Calcutta medical institutions reports 1871-78
Year: 1871
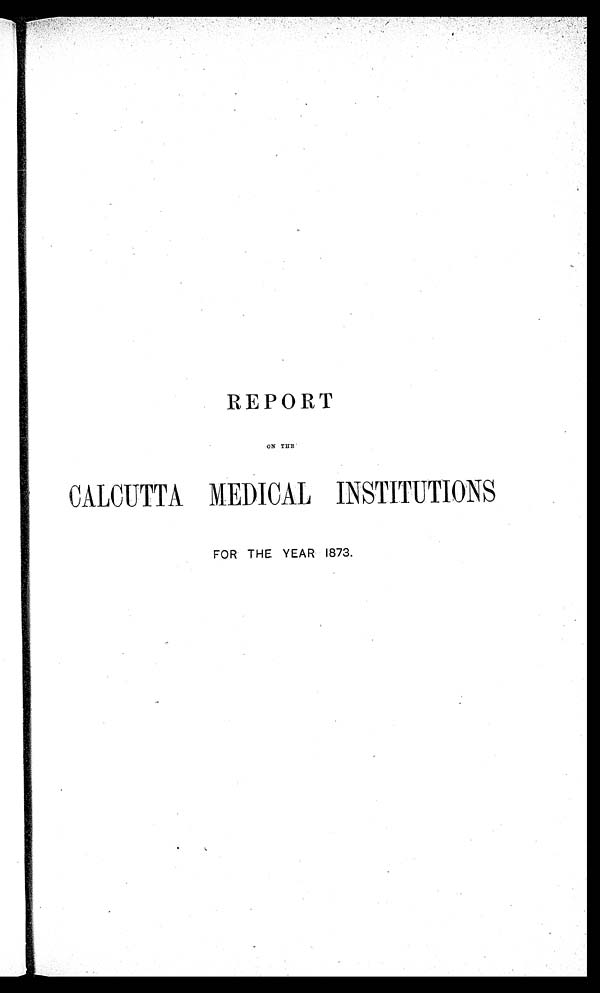
REPORT
ON THE
CALCUTTA MEDICAL INSTITUTIONS
FOR THE YEAR 1873.